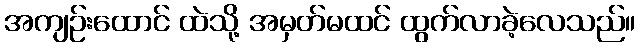
အကျဉ်းထောင် ထဲသို့ အမှတ်မထင် ထွက်လာခဲ့လေသည်။